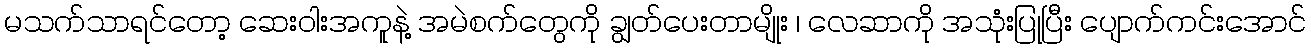
မသက်သာရင်တော့ ဆေးဝါးအကူနဲ့ အမဲစက်တွေကို ချွတ်ပေးတာမျိုး ၊ လေဆာကို အသုံးပြုပြီး ပျောက်ကင်းအောင်